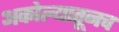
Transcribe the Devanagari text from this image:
अकोल्यातूनच